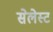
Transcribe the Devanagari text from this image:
सेलेस्ट